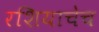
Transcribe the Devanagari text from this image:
रशियाचेच